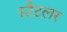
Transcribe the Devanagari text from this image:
स्टैटलर